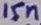
Text: 15n